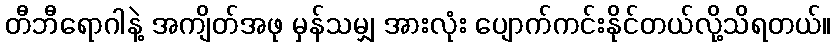
တီဘီရောဂါနဲ့ အကျိတ်အဖု မှန်သမျှ အားလုံး ပျောက်ကင်းနိုင်တယ်လို့သိရတယ်။